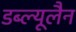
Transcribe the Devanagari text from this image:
डब्ल्यूलैन